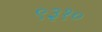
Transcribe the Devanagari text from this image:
९३१०